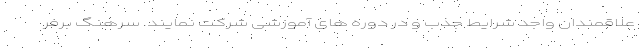
علاقمندان واجد شرایط جذب و در دوره های آموزشی شرکت نمایند. سرهنگ برفر